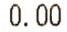
0.00